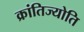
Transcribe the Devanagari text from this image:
क्रांतिज्योति